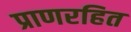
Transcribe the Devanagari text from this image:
प्राणरहित